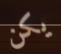
يكن